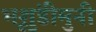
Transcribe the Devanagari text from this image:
भृशुंडीमुनी